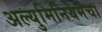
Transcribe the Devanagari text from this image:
अल्युमिनियमचा